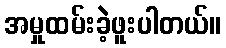
အမှုထမ်းခဲ့ဖူးပါတယ်။